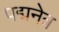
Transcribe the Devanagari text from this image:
पद्मनेत्र